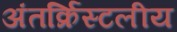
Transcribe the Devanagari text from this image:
अंतर्क्रिस्टलीय